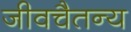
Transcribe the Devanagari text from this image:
जीवचैतन्य